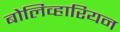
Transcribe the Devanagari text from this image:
बोलिव्हारियन